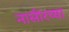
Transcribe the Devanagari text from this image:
नासीरच्या